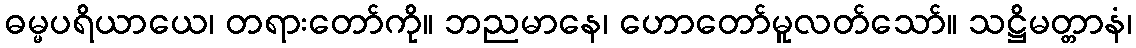
ဓမ္မပရိယာယေ၊ တရားတော်ကို။ ဘညမာနေ၊ ဟောတော်မူလတ်သော်။ သဋ္ဌိမတ္တာနံ၊